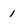
Character: 1